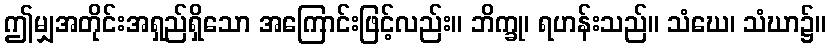
ဤမျှအတိုင်းအရှည်ရှိသော အကြောင်းဖြင့်လည်း။ ဘိက္ခု၊ ရဟန်းသည်။ သံဃေ၊ သံဃာ၌။